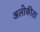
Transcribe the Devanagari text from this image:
अलोकीता